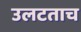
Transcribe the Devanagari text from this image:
उलटताच